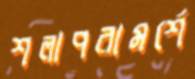
শলাপরামর্শে